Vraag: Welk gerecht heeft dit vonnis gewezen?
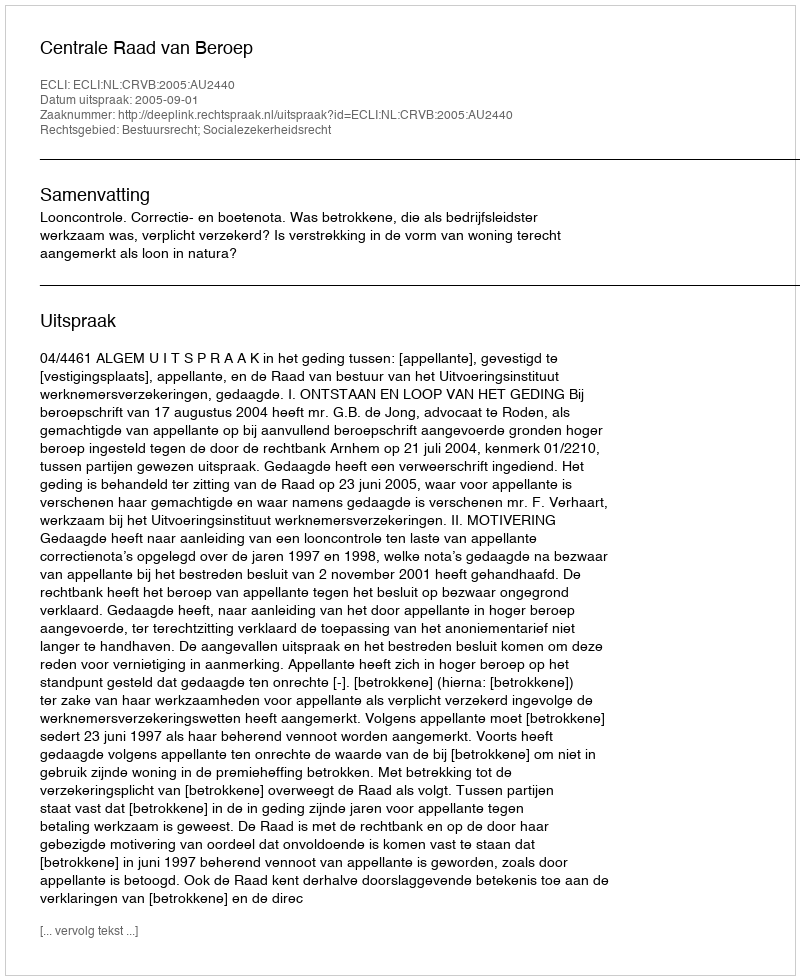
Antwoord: Centrale Raad van Beroep